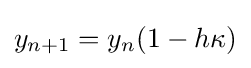
y_{n+1}=y_{n}(1-h\kappa )